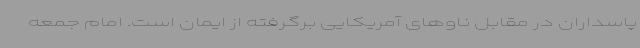
پاسداران در مقابل ناوهای آمریکایی برگرفته از ایمان است. امام جمعه